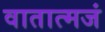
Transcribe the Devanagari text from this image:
वातात्मजं